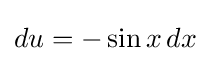
du=-\sin x\,dx